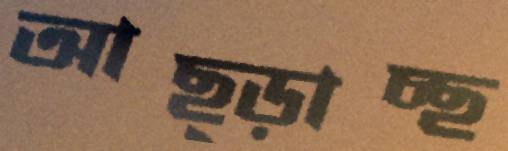
আছ্‌ড়াচ্ছ